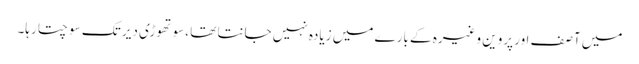
میں آصف اور پروین وغیرہ کے بارے میں زیادہ نہیں جانتا تھا ،سوتھوڑی دیر تک سوچتا رہا۔